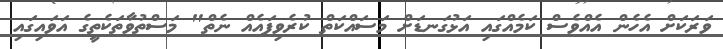
ވަރަކަށް އެހެން އެއްވެސް ކަމެއްގައި އަޅުގަނޑަށް މަސައްކަތް ކުރެވިފައެއް ނެތް" މަސްތުވާތަކެތީގެ އަވައިގައި